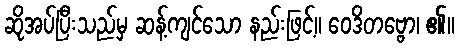
ဆိုအပ်ပြီးသည်မှ ဆန့်ကျင်သော နည်းဖြင့်။ ဝေဒိတဗ္ဗော၊ ၏။